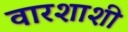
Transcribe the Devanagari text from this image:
वारशाशी